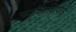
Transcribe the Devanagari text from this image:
च्याआशियाई